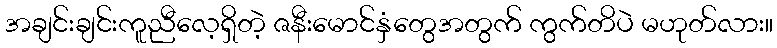
အချင်းချင်းကူညီလေ့ရှိတဲ့ ဇနီးမောင်နှံတွေအတွက် ကွက်တိပဲ မဟုတ်လား။